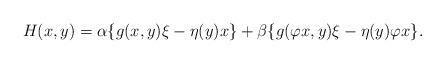
LaTeX: \begin{align*}H(x,y)= \alpha\{g(x,y)\xi-\eta(y)x\}+\beta\{g(\varphi x,y)\xi-\eta(y)\varphi x\}.\end{align*}